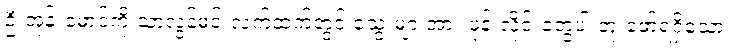
ဦးအုန်းမောင်ကို သာလွန်မင်းလက်ထက်တွင် သွေးများအား ဖုန်းလိုင်းတွေပါ တူးဖော်ရရှိသော